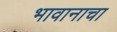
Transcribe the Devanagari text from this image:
भावानाचा